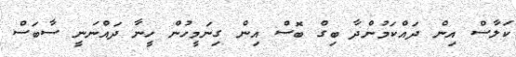
ކަލާސް އިން ދައްކަމުންދާ ބިގް ބޮސް އިން ގިނަމީހުން ހީނާ ދައްނަނީ ސާބަސް